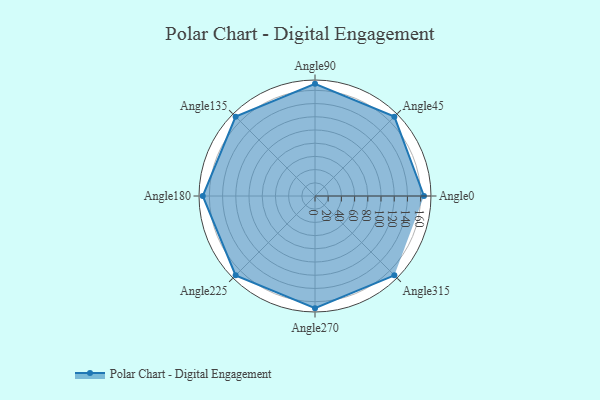
{"axis": {"x": "Angle", "y": "Radius"}, "legend": [""], "data": [{"x": "Angle0", "y": 165.0, "type": ""}, {"x": "Angle45", "y": 170, "type": ""}, {"x": "Angle90", "y": 170, "type": ""}, {"x": "Angle135", "y": 170, "type": ""}, {"x": "Angle180", "y": 170, "type": ""}, {"x": "Angle225", "y": 170, "type": ""}, {"x": "Angle270", "y": 170, "type": ""}, {"x": "Angle315", "y": 170, "type": ""}]}